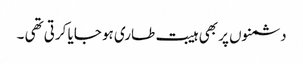
دشمنوں پر بھی ہیبت طاری ہو جایا کرتی تھی ۔